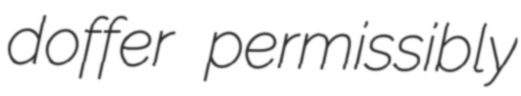
doffer permissibly